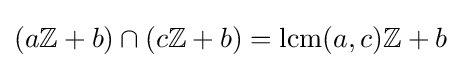
(a\mathbb {Z} +b)\cap (c\mathbb {Z} +b)=\operatorname {lcm} (a,c)\mathbb {Z} +b